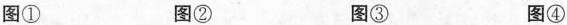
图① 图② 图③ 图④